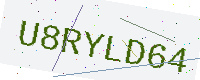
Text: U8RYLD64